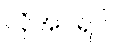
လိုအပ်ရင်